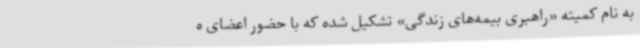
به نام کمیته «راهبری بیمه‌های زندگی» تشکیل شده که با حضور اعضای ه